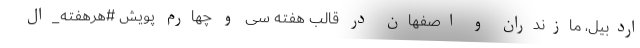
اردبیل، مازندران و اصفهان در قالب هفته سی و چهارم پویش #هرهفته_ال